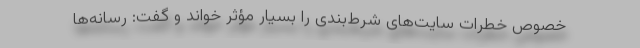
خصوص خطرات سایت‌های شرط‌بندی را بسیار مؤثر خواند و گفت: رسانه‌ها